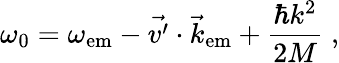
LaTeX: \omega_{0}=\omega_{\mathrm{em}}-\vec{v^{\prime}}\cdot\vec{k}_{\mathrm{em}}+\frac{\hbar k^{2}}{2M}\; ,